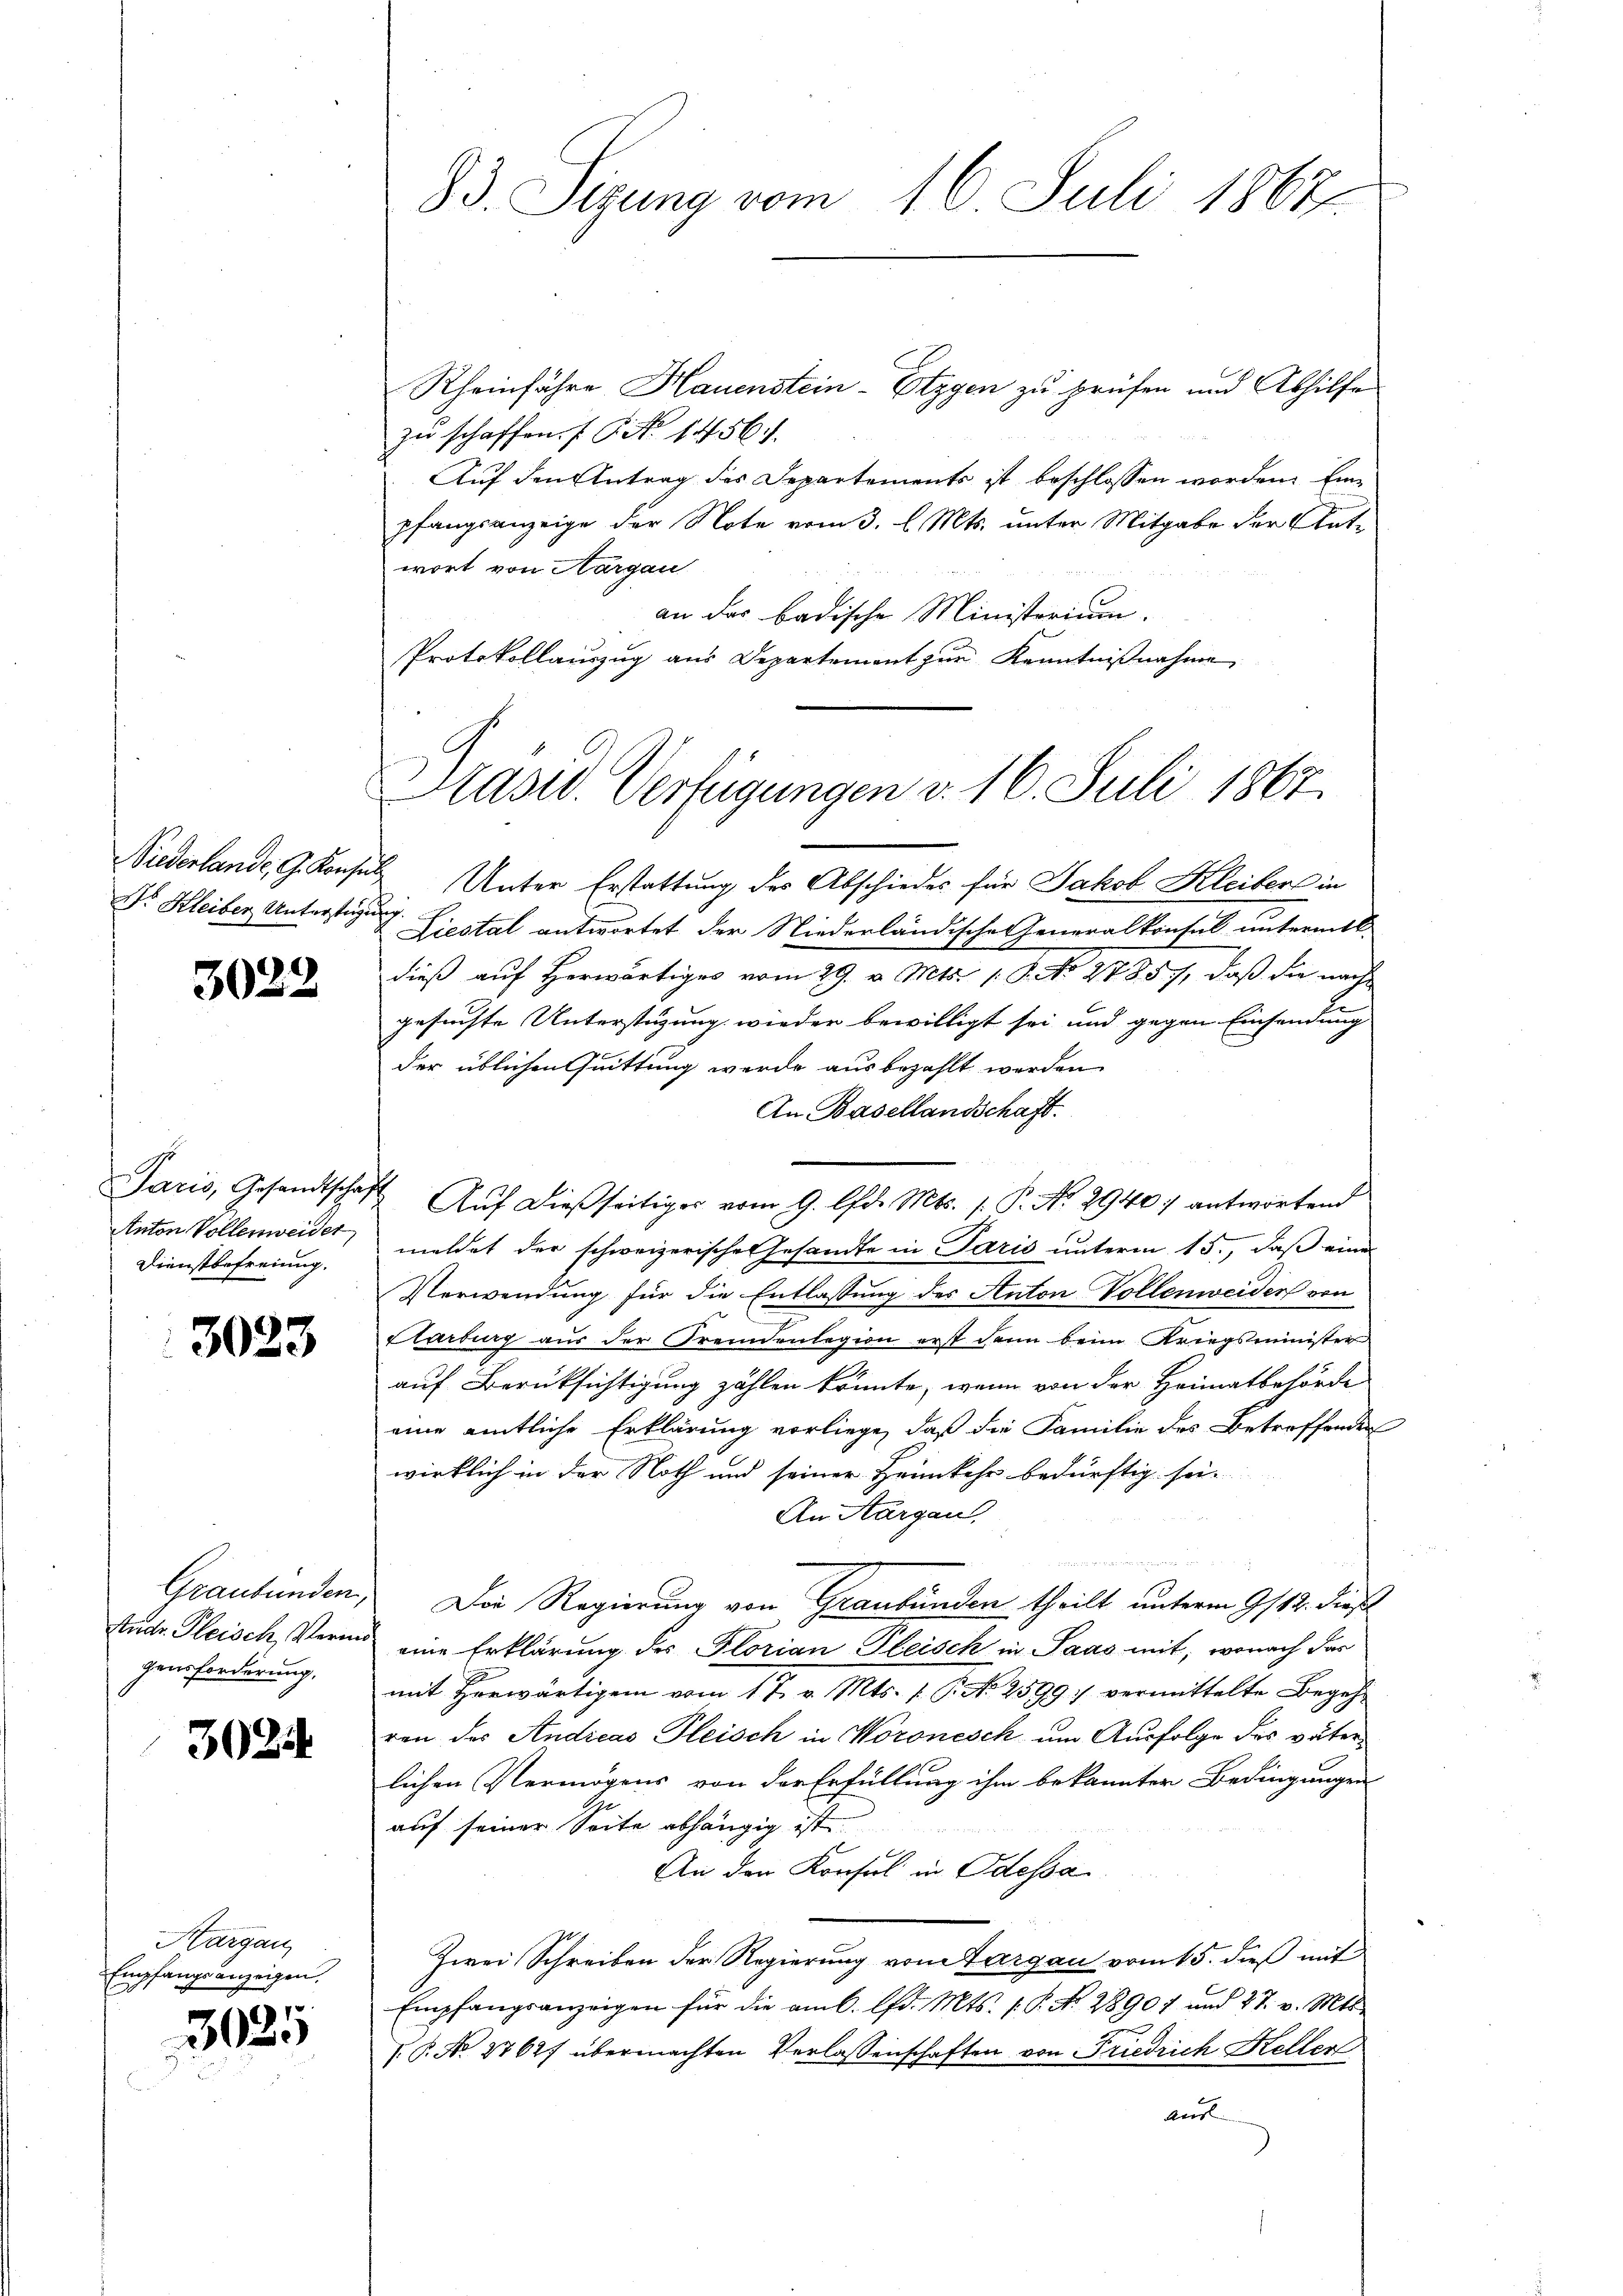
Siederlande, G. Konsen
Dr. Kleiber Unterstage

3022

Paris, Gesandtscha,
Anton Vollenweider
Dienstbefreiung.

3023

Graubünden,
Stadtr. Fleisch, Vermi
gensforderung.

3024

Hargau,
Empfangsanzeigen.

3025

Rheinfahre Hauenstein-Etzgen zu prüfen und Abhilfe
zu schaffen. ( P. No 1456.
Auf den Antrag des Departements ist beschlossen worden. Einpfangsanzeige der Note vom 3. l. Mts. unter Mitgabe der Antwort von Aargau
an der badische Ministerium.
Protokollauszug aus Departement zŭr Kenntniβnahme

83. Sizung vom 16. Juli 1867.

Präsid. Verfügungen v. 16. Juli 1867.

Unter Erstattung der Abschiedes für Jakob Kleibers in
h
Liestal antwortet der Niederländische Generalkonsul untermitt
dieß auf Herwärtiges vom 29. v. Mts. (: P. No 2785, daß die nach
gesuchte Unterstüzung wieder bewilligt sei und gegen Einsendung
der üblichen Quittung werde aus bezahlt worden.
An Basellandschaft.
Auf dießseitiger vom 9. lfd. Mts. 1. P. No 2940. antwortend
meldet der schweizerische Gesandte in Paris unterm 15., daß eine
Verwendung für die Entlassung des Anton Vollenweider von
Elarburg aus der Fremdenlegion erst dann beim Kriegsminister
auf Berüksichtigung zählen könnte, wenn von der Heimatbehörde
eine amtliche Erklärung vorliege, daß die Familie des Betreffende
wirklich in der Noth und seiner Heimkehr bedürftig sei
An Aargau,
e
Die Regierung von Graubünden theilt unterm 9ten dieß
eine Erklärung des Florian Fleisch in Paas mit, wonach das
.
mit Horwärtigem vom 17. v. Mts. 1. P. Nr. 2599) vermittelte Begehren des Andicas Fleisch in Woronesch um Ausfolge des väter
lichen Vermögens von der Erfüllung ihm bekannter Bedingungen
Ge
auf seiner Seite abhängig ist.
An den Konsul in Odessa
Zwei Schreiben der Regierung von Margau vom 15. dieß mit
Empfangsanzeigen für die am 6. d. Mts. f. P. Nr. 28907 und 27. v. Mts.
P. No. 27627 übermachten Verlassenschaften von Friedrich Keller
aus